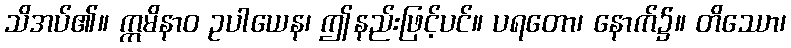
သိအပ်၏။ ဣမိနာဝ ဥပါယေန၊ ဤနည်းဖြင့်ပင်။ ပရတော၊ နောက်၌။ တိဿော၊